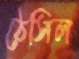
ঠেসিল